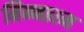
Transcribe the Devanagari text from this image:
मिन्नारम